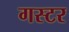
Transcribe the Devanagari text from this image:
गस्टर